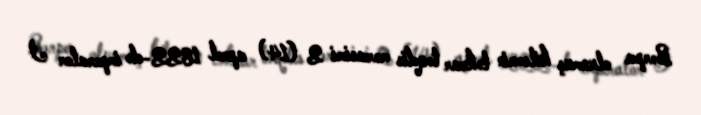
Bərpa olunmuş kilsənin təkrar təqdis mərasimi 2 (14) aprel 1822-də imperator I